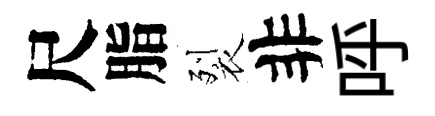
尺脂裂非呼